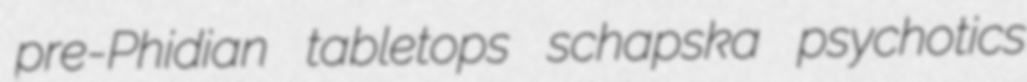
pre-Phidian tabletops schapska psychotics